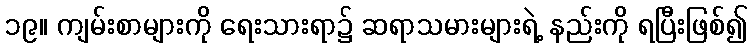
၁၉။ ကျမ်းစာများကို ရေးသားရာ၌ ဆရာသမားများရဲ့ နည်းကို ရပြီးဖြစ်၍